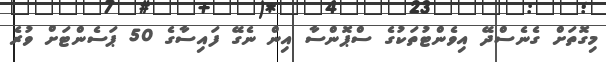
މިގޮތަށް ގެނެސްދޭ އިވެންޓުތަކުގެ ސްޕޮންސާ އިން ނެގޭ ފައިސާގެ 50 ޕަސެންޓަށް ވުރެ